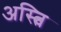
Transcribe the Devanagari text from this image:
अस्त्वि